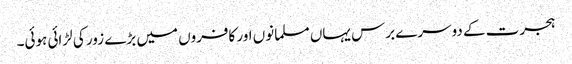
ہجرت کے دوسرے برس یہاں مسلمانوں اور کافروں میں بڑے زور کی لڑائی ہوئی۔